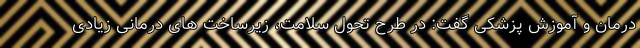
درمان و آموزش پزشکی گفت: در طرح تحول سلامت، زیرساخت های درمانی زیادی